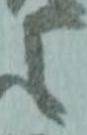
之